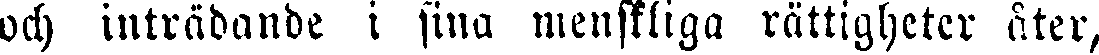
och inträdande i sina menskliga rättigheter åter,